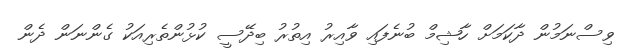
ވިސްނަމުން ދާކަމަށް ހާޝިމް ބުނެފައި ވާއިރު އިތުރު ބިދޭސީ ކުޅުންތެރިއަކު ގެންނަން ދެން